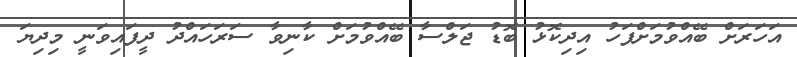
އަހަރަށް ބޭއްވުމަށްފަހު އިިދިކޮޅު ބޮޑު ޖަލްސާ ބޭއްވުމަށް ކާނިވާ ސަރަހައްދު ދީފައިވަނީ މިދިޔަ